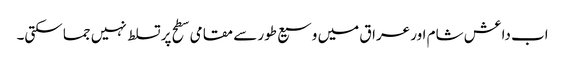
اب داعش شام اور عراق میں وسیع طور سے مقامی سطح پر تسلط نہیں جما سکتی۔